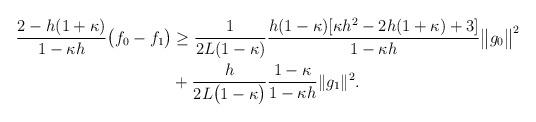
LaTeX: \begin{align*}\begin{aligned}\frac{2 - h(1+\kappa)}{1-\kappa h} \big(f_{0}-f_{1}\big) & {}\geq{} \frac{1}{2L(1-\kappa)} \frac{h(1-\kappa)[\kappa h^2 - 2h(1+\kappa) + 3]}{1-\kappa h} \big\|g_{0}\big\|^2 \\ & + \frac{h}{2L\big(1-\kappa \big)} \frac{1-\kappa}{1-\kappa h} \|g_1\|^2 .\end{aligned} \end{align*}